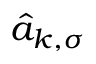
\hat { a } _ { k , \sigma }